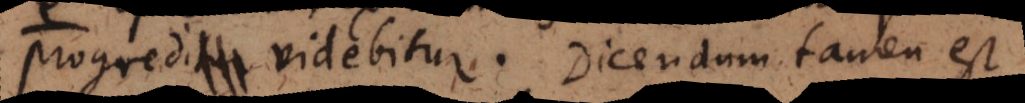
progredi videbitur. Dicendum t